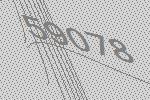
59078